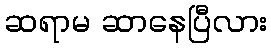
ဆရာမ ဆာနေပြီလား